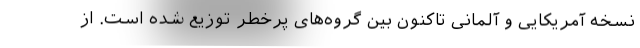
نسخه آمریکایی و آلمانی تاکنون بین گروه‌های پرخطر توزیع شده است. از